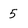
Character: 5